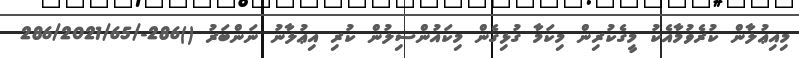
މިއިޢުލާން ކުރެވުމާއެކު މީގެކުރިން މިކަމާ ގުޅިގެން މިކައުންސިލުން ކުރި އިޢުލާނު ނަންބަރު ()286-/286/2021/65